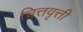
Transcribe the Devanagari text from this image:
चित्तवृत्ती